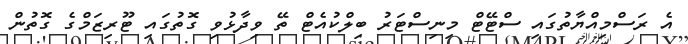
އެ ރަސްމިއްޔާތުގައި ސްޓޭޓް މިނިސްޓަރު ބިލްކުއެޓް ތޭ ވިދާޅުވި ގޮތުގައި ޓޫރިޒަމްގެ ގޮތުން